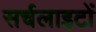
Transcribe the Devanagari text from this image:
सर्चलाइटों